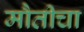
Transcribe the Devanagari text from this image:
मौतीचा